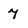
Character: 7